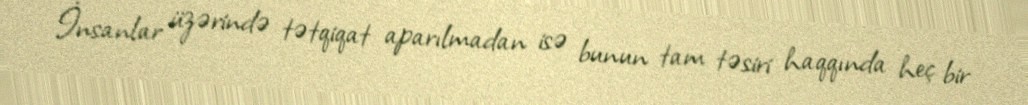
İnsanlar üzərində tətqiqat aparılmadan isə bunun tam təsiri haqqında heç bir